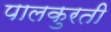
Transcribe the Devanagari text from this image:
पालकुरती